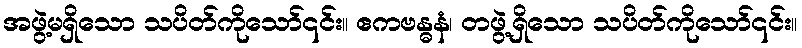
အဖွဲ့မရှိသော သပိတ်ကိုသော်၎င်း။ ဧကဗန္ဓနံ၊ တဖွဲ့ရှိသော သပိတ်ကိုသော်၎င်း။